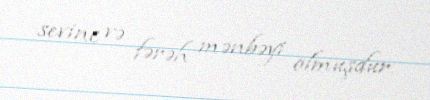
sevinc və fərəh mənbəyi olmuşdur.